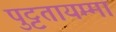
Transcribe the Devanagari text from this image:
पुट्टतायम्मा